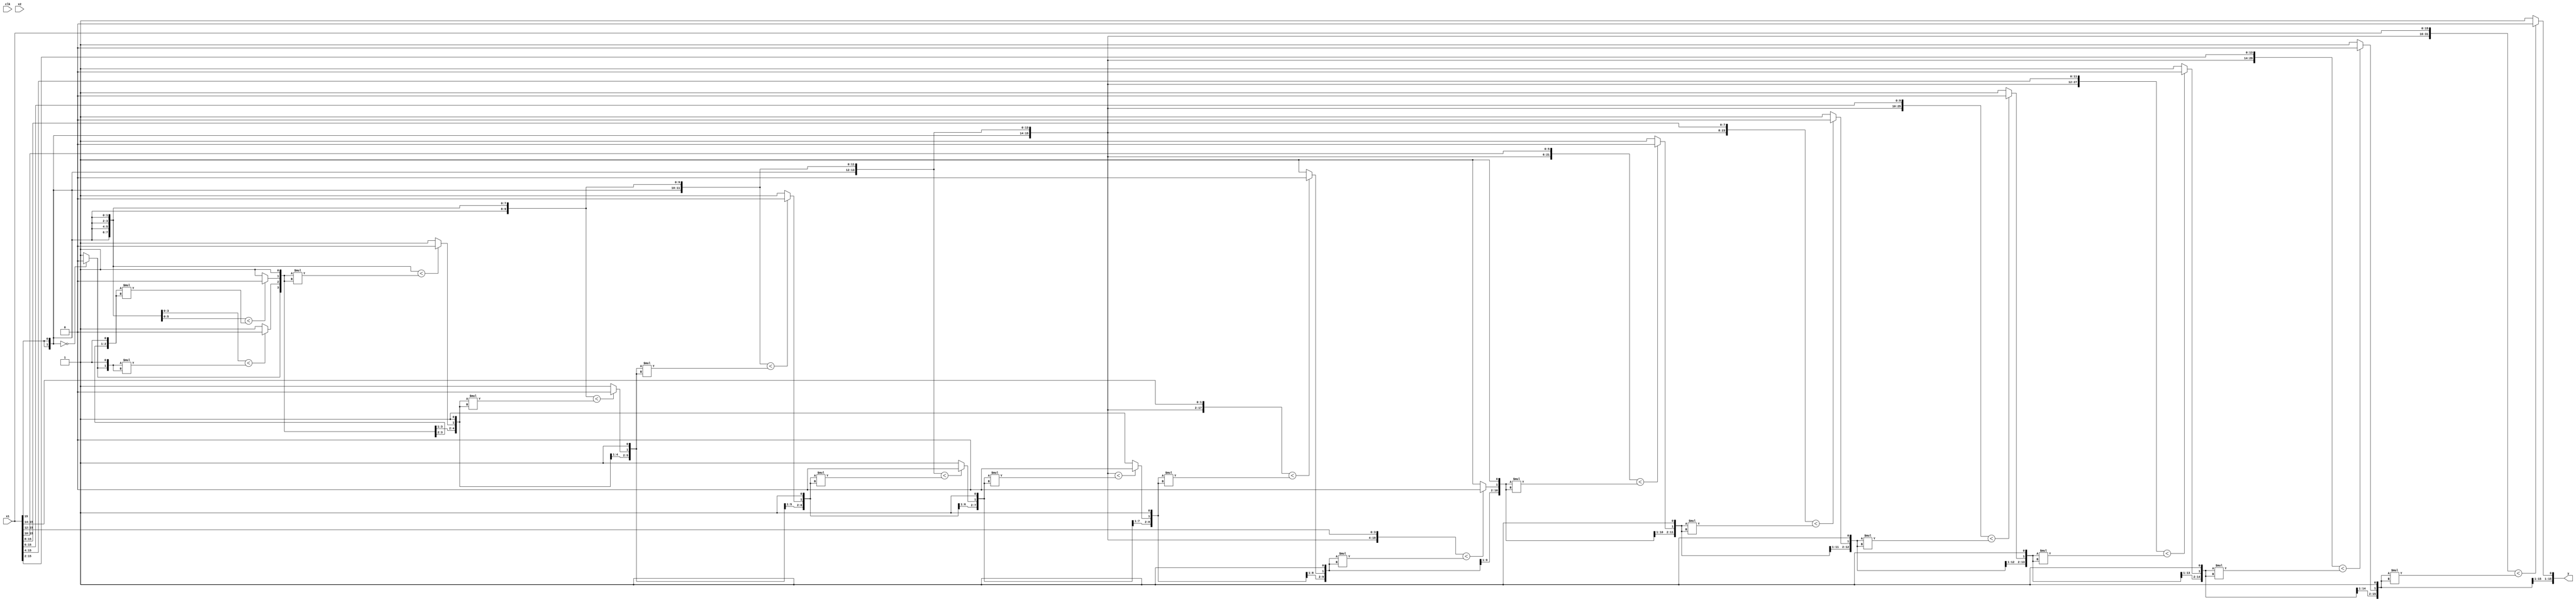
/*
output: sqrt(x1^2 + x2^2)
zubarev.e.v@gmail.com
*/

/*
sqrt #(16) instance_name(clock_input, first_signed_input, second_signed_input, unsigned_output);
*/
module sqrt
    #(parameter DATA_IN_WIDTH = 16)
    (
    input   wire                                    clk,
    input   wire    signed  [ DATA_IN_WIDTH-1:  0 ] x1,
    input   wire    signed  [ DATA_IN_WIDTH-1:  0 ] x2,
    output  wire            [ DATA_IN_WIDTH-1:  0 ] y
    );

localparam DATA_WIDTH_SQUARING = (2*DATA_IN_WIDTH) - 1;
wire    [ DATA_WIDTH_SQUARING-1 :  0 ] x1_2 = x1*x1;
wire    [ DATA_WIDTH_SQUARING-1 :  0 ] x2_2 = x2*x2;

localparam DATA_WIDTH_SUM = DATA_WIDTH_SQUARING+1;
// wire    [ DATA_WIDTH_SUM-1 :  0 ] x = x1_2 + x2_2;
wire    [ DATA_WIDTH_SUM-1 :  0 ] x = x1;

assign y[DATA_IN_WIDTH-1] = x[(DATA_WIDTH_SUM-1)-:2] == 2'b00 ? 1'b0 : 1'b1;
genvar k;
generate
    for(k = DATA_IN_WIDTH-2; k >= 0; k = k - 1)
    begin: gen
        assign y[k] = x[(DATA_WIDTH_SUM-1)-:(2*(DATA_IN_WIDTH-k))] < 
        {y[DATA_IN_WIDTH-1:k+1],1'b1}*{y[DATA_IN_WIDTH-1:k+1],1'b1} ? 1'b0 : 1'b1;
    end
endgenerate

endmodule